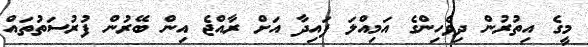
މީގެ އިތުރުން ދިވެހިންގެ އަމިއްލަ ފައިދާ އަށް ރާއްޖެ އިން ބޭރުން ފުރުސަތުތައް